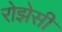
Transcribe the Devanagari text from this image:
रोझेसी